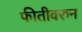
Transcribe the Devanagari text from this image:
फीतीवरुन